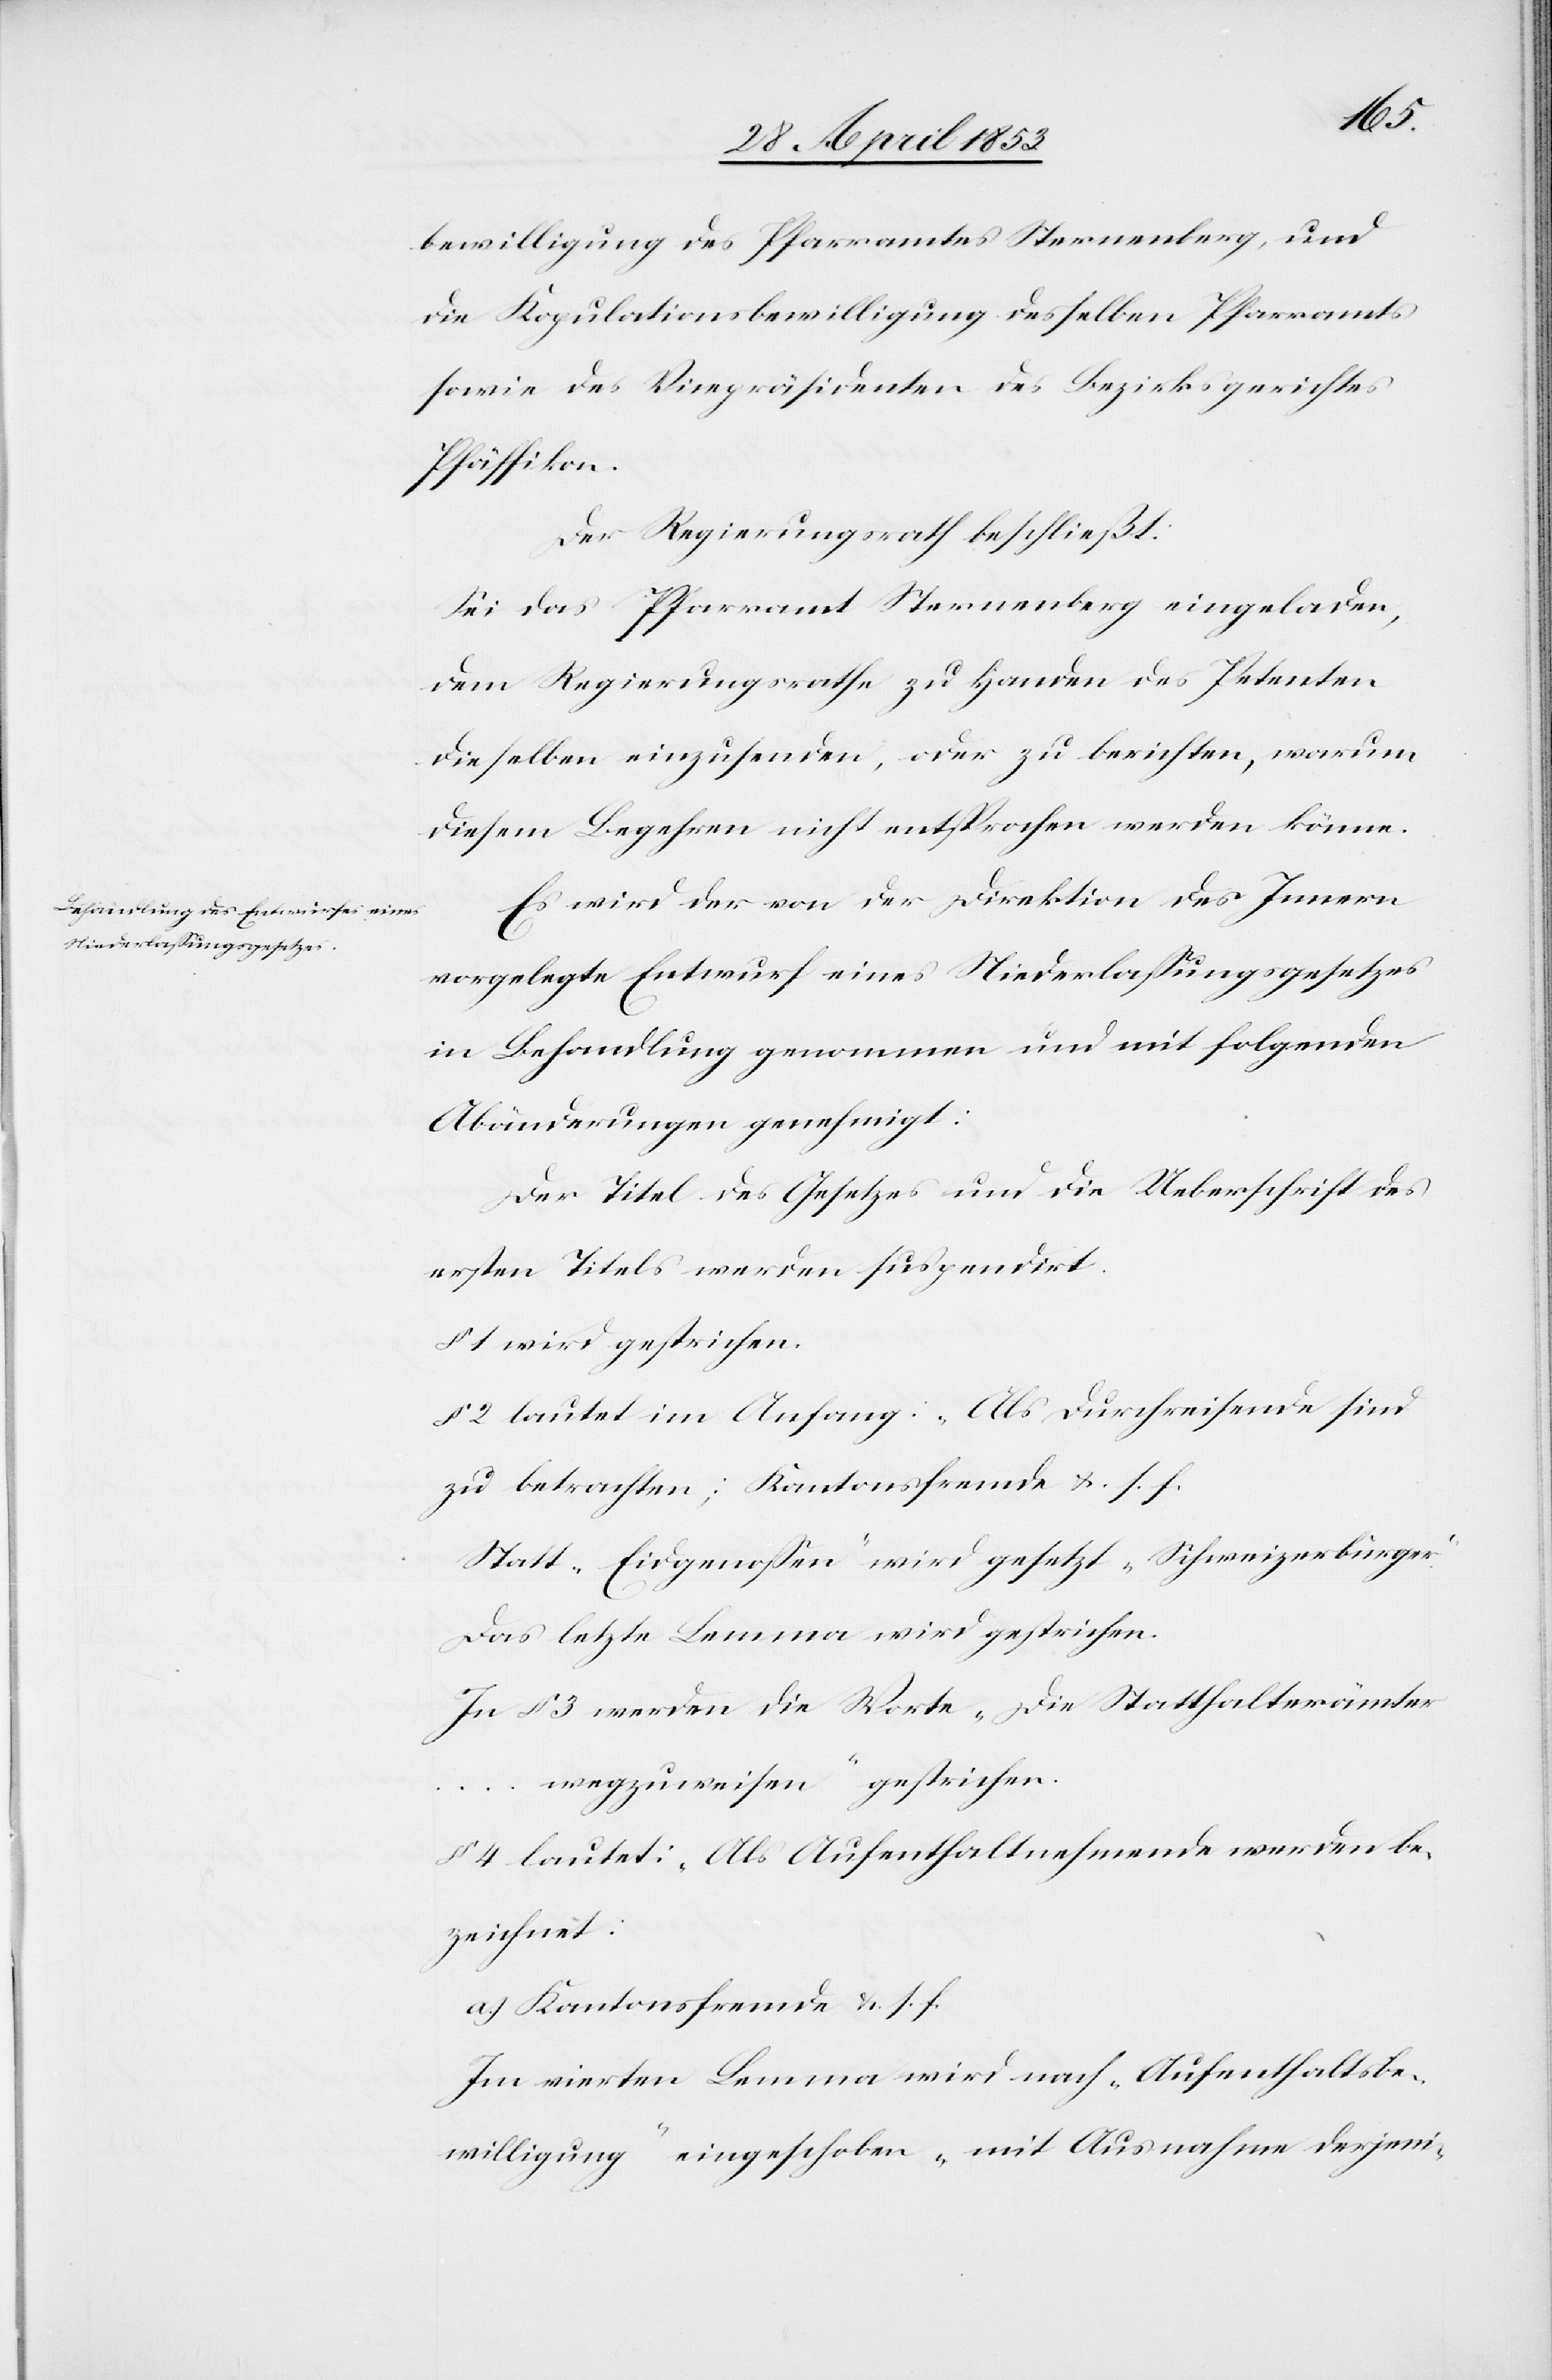
bewilligung des Pfarramtes Sternenberg, und
die Kopulationsbewilligung desselben Pfarramtes
sowie des Vicepräsidenten des Bezirksgerichtes
Pfäffikon.
Der Regierungsrath beschließt:
Sei das Pfarramt Sternenberg eingeladen,
dem Regierungsrathe zu Handen des Petenten
dieselben einzusenden, oder zu berichten, warum
diesem Begehren nicht entsprochen werden könne.
Es wird der von der Direktion des Innern
vorgelegte Entwurf eines Niederlaßungsgesetzes
in Behandlung genommen und mit folgenden
Abänderungen genehmigt:
Der Titel des Gesetzes und die Ueberschrift des
ersten Titels werden suspendirt.
§ 1 wird gestrichen.
§ 2 lautet im Anfang: Als Durchreisende sind
zu betrachten: Kantonsfremde u. s. f.
Statt „Eidgenoßen“ wird gesetzt „Schweizerbürger“
Das letzte Lemma wird gestrichen.
In § 3 werden die Worte „Die Statthalterämte¬
r…wegzuweisen“ gestrichen.
§ 4 lautet: „Als Aufenthaltnehmende werden be¬
zeichnet:
a.) Kantonsfremde u. s. f.
Im vierten Lemma wird nach „Aufenthaltsbe¬
willigung“ eingeschoben, „mit Ausnahme derjeni-